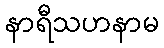
နာရီသဟနာမ